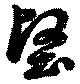
堅